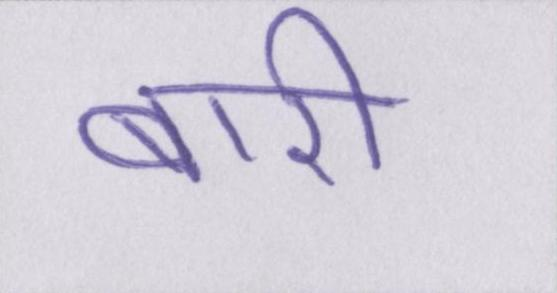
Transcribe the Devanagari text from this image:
बारी